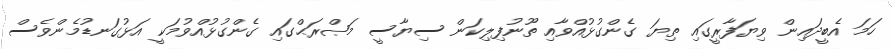
ހަމަ އެބީދައިން ވިޔަފާރީގައި ތިޔަ ގެންގުޅުއްވާއި ތޫނުފިލިކަން ސިޔާސީ މަޞްރަޙްގައި ގެންގުޅުއްވުމަކީ އަޅުގަނޑުމެންވެސް